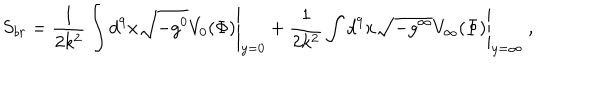
S _ { b r } = \frac { 1 } { 2 k ^ { 2 } } \int d ^ { 9 } x \sqrt { - g ^ { 0 } } V _ { 0 } ( \Phi ) \Bigg | _ { y = 0 } + \frac { 1 } { 2 k ^ { 2 } } \int d ^ { 9 } x \sqrt { - g ^ { \infty } } V _ { \infty } ( \Phi ) \Bigg | _ { y = \infty } \ ,